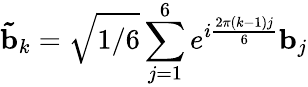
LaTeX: \mathbf{\tilde{b}}_{k}=\sqrt{1/6}\sum_{j=1}^{6}e^{i\frac{2\pi(k-1)j}{6}}\mathbf{b}_{j}